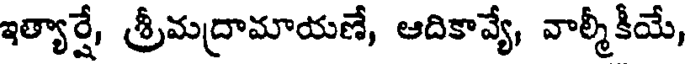
ఇత్యార్షే, శ్రీమద్రామాయణే, ఆదికావ్యే, వాల్మీకీయే,